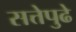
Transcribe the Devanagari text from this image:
सत्तेपुढे